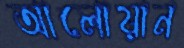
আলোয়ান